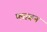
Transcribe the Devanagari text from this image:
प्‍लावन